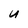
Character: U